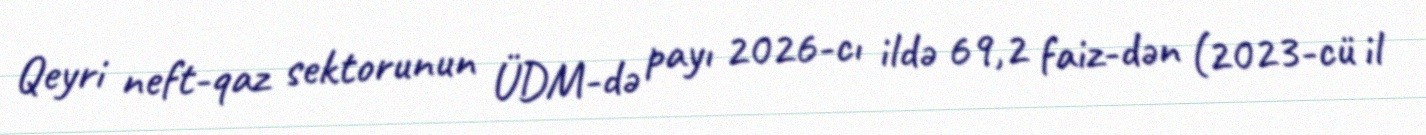
Qeyri neft-qaz sektorunun ÜDM-də payı 2026-cı ildə 69,2 faiz-dən (2023-cü il